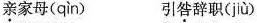
\underset{·}{亲}家母( qìn ) 引\underset{·}{咎}辞职( jiù )